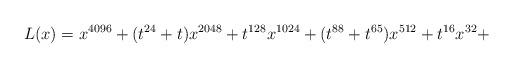
LaTeX: \begin{align*}L(x)=x^{4096} + (t^{24} + t)x^{2048} + t^{128}x^{1024} + (t^{88} + t^{65})x^{512} + t^{16}x^{32} +\end{align*}